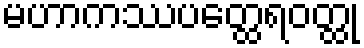
မဟာကဿပတ္ထေရဝတ္ထု